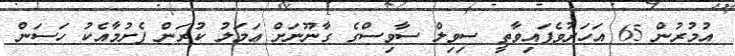
އުމުރުން 65 އަހަރުވެފައިވާތީ ސިވިލް ސާވިސްގެ ގާނޫނަށް ޢަމަލު ކުރަން ފެށުމާއެކު ހަސަން